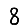
Digit: 8